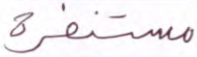
مستنفرة